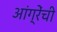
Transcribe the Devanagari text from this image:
आंग्रेंची